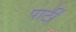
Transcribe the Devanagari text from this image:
पार्टीं